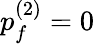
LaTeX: p_{f}^{(2)}=0